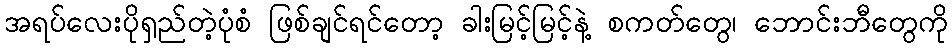
အရပ်လေးပိုရှည်တဲ့ပုံစံ ဖြစ်ချင်ရင်တော့ ခါးမြင့်မြင့်နဲ့ စကတ်တွေ၊ ဘောင်းဘီတွေကို